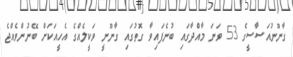
ގާނޫނުއަސާސީގެ 53 ވަނަ މާއްދާގައި ބުނެފައިވާ ގޮތުގައި ގާނޫނީ ވަކީލެއްގެ އެހީއަކަށް ބޭނުންވެއްޖެ